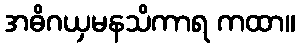
အဓိဂယှမနသိကာရ ကထာ။